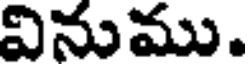
వినుము.